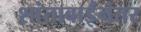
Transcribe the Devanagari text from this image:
शांताबाईंनंतर